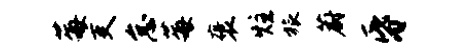
莓吏怠莓褒炷旅蔚昏